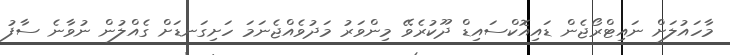
މާހައުލަށް ނައިޓްރޯޖެން ޑައިއޮކްސައިޑް ދޫކުރެވޭ މިންވަރު މަދުވެއްޖެނަމަ ހަށިގަނޑަށް ގެއްލުން ނުވާނެ ސާފު